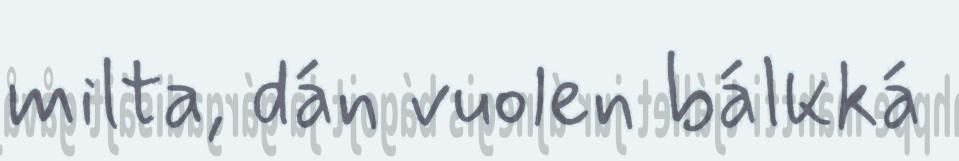
milta, dán vuolen bálkká